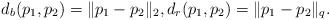
LaTeX: \begin{align*}d_b(p_1, p_2) = \|p_1- p_2\|_2,d_r(p_1, p_2) = \|p_1- p_2\|_{q}.\end{align*}